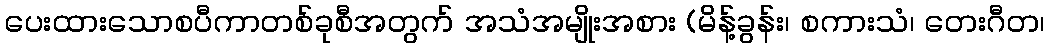
ပေးထားသောစပီကာတစ်ခုစီအတွက် အသံအမျိုးအစား (မိန့်ခွန်း၊ စကားသံ၊ တေးဂီတ၊